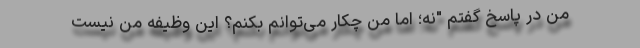
من در پاسخ گفتم "نه؛ اما من چکار می‌توانم بکنم؟ این وظیفه من نیست